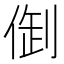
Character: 𠉳